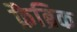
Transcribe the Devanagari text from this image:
फ़ैब्रिक